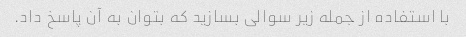
با استفاده از جمله زیر سوالی بسازید که بتوان به آن پاسخ داد.